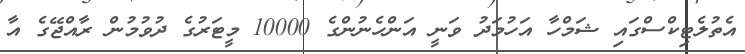
އެތުލެޓިކްސްގައި ޝަމްހާ އަހުމަދު ވަނީ އަންހެނުންގެ 10000 މީޓަރުގެ ދުވުމުން ރާއްޖޭގެ އާ